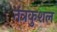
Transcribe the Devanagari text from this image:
तंत्रकुशल